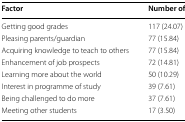
| Factor | Number of responses (%) |
 | --- | --- |
 | Getting good grades | 117 (24.07) |
 | Pleasing parents/guardian | 77 (15.84) |
 | Acquiring knowledge to teach to others | 77 (15.84) |
 | Enhancement of job prospects | 72 (14.81) |
 | Learning more about the world | 50 (10.29) |
 | Interest in programme of study | 39 (7.61) |
 | Being challenged to do more | 37 (7.61) |
 | Meeting other students | 17 (3.50) |